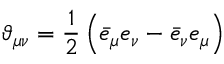
\vartheta _ { \mu \nu } = \frac { 1 } { 2 } \left( \bar { e } _ { \mu } e _ { \nu } - \bar { e } _ { \nu } e _ { \mu } \right)